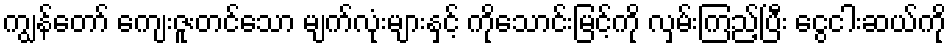
ကျွန်တော် ကျေးဇူးတင်သော မျက်လုံးများနှင့် ကိုသောင်းမြင့်ကို လှမ်းကြည့်ပြီး ငွေငါးဆယ်ကို